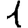
Digit: 1